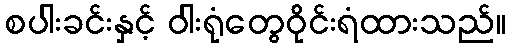
စပါးခင်းနှင့် ဝါးရုံတွေဝိုင်းရံထားသည်။